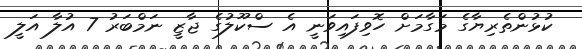
ކުޅުންތެރިޔާގެ މަގާމަށް ހޮވިފައިވަނީ އެ ސްކޫލުގެ ޖާޒީ ނަމްބަރު 7 އުލާ އަލީ